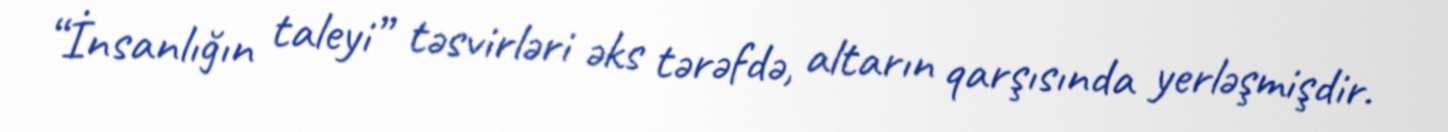
“İnsanlığın taleyi” təsvirləri əks tərəfdə, altarın qarşısında yerləşmişdir.